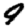
Digit: 9